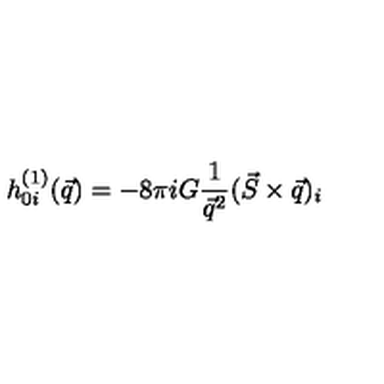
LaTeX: h _ { 0 i } ^ { ( 1 ) } ( \vec { q } ) = - 8 \pi i G { \frac { 1 } { \vec { q } ^ { 2 } } } ( \vec { S } \times \vec { q } ) _ { i }